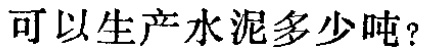
可以生产水泥多少吨？